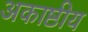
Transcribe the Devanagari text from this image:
अकाष्ठीय